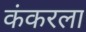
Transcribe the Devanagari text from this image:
कंकरला